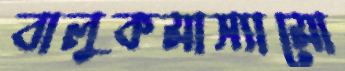
বালুকমাস্যামো